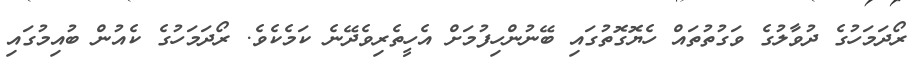
ރޯދަމަހުގެ ދުވާލުގެ ވަގުތުތައް ހެޔޮގޮތުގައި ބޭނުންހިފުމަށް އެހީތެރިވެދޭނެ ކަމެކެވެ. ރޯދަމަހުގެ ކެއުން ބުއިމުގައި